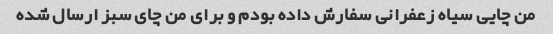
من چایی سیاه زعفرانی سفارش داده بودم و برای من چای سبز ارسال شده